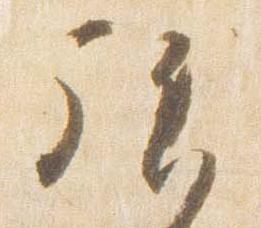
拝